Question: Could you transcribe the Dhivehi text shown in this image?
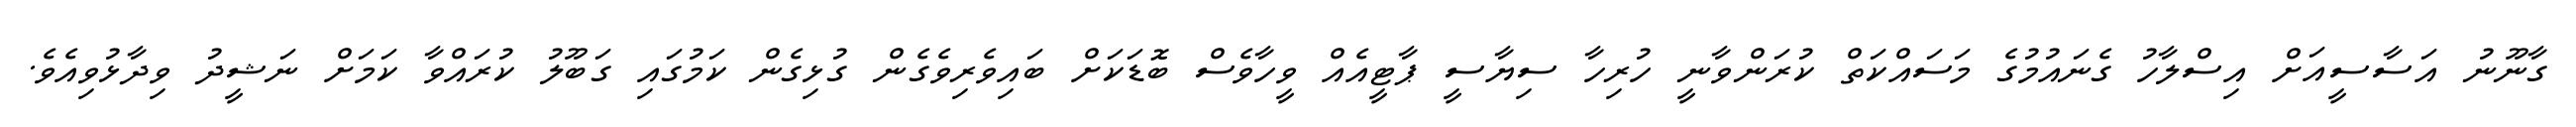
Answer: ގާނޫނު އަސާސީއަށް އިސްލާހު ގެނައުމުގެ މަސައްކަތް ކުރަންވާނީ ހުރިހާ ސިޔާސީ ޕާޓީއެއް ވީހާވެސް ބޮޑަކަށް ބައިވެރިވެގެން ގުޅިގެން ކަމުގައި ގަބޫލު ކުރައްވާ ކަމަށް ނަޝީދު ވިދާޅުވިއެވެ.